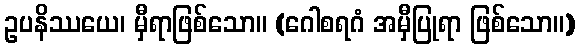
ဥပနိဿယေ၊ မှီရာဖြစ်သော။ (ဂေါစရဂံ အမှီပြုရာ ဖြစ်သော။)